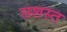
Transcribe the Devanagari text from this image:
सशस्त